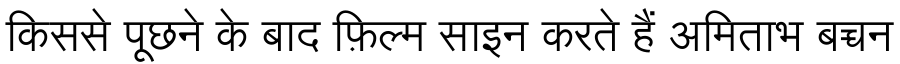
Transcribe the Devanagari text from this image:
किससे पूछने के बाद फ़िल्म साइन करते हैं अमिताभ बच्चन